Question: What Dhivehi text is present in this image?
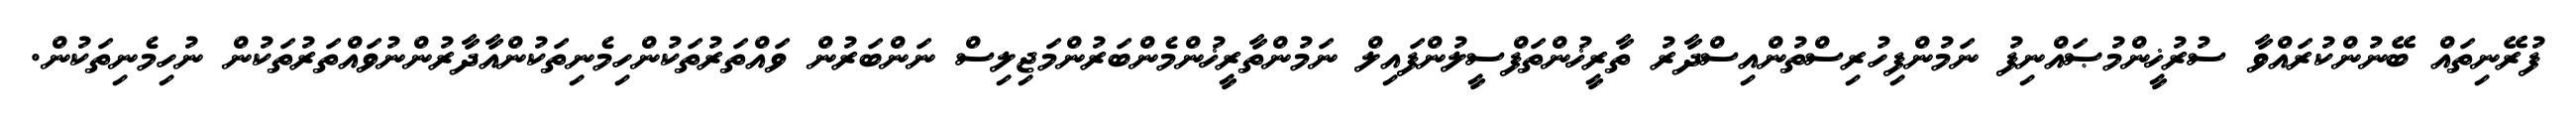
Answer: ފުރޭނިތައް ބޭނުންކުރައްވާ ސުރުޚީންމުޞައްނިފު ނަމުންފިހުރިސްތުންއިސްދާރު ތާރީޚުންތަފްސީލުންފައިލް ނަމުންތާރީޚުންމެންބަރުންމަޖިލިސް ނަންބަރުން ވައްތަރުތަކުންހިމެނިތަކުންއާދާރުންނުވައްތަރުތަކުން ނުހިމެނިތަކުން.